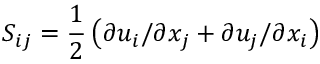
S _ { i j } = \frac { 1 } { 2 } \left( \partial u _ { i } / \partial x _ { j } + \partial u _ { j } / \partial x _ { i } \right)